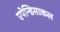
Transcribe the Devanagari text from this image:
एपेन्डिसाकल